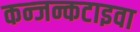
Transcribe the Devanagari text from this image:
कन्जन्कटाइवा